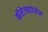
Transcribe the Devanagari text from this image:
कॉलेजबाहेरील